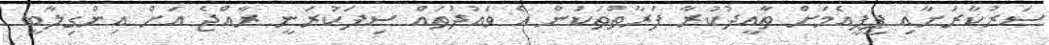
ސަރުކާރަށާއި ޕީޕީއެމަށް ތާއީދުކުރާ ފަރާތްތަކުން އެ ވައުދުތައް ސިފަކުރަނީ ރާއްޖެ އަށް އިންގިލާބީ